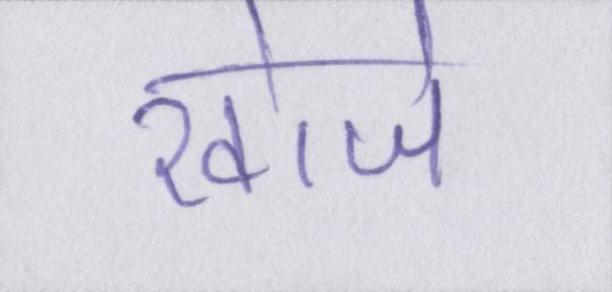
खोजे